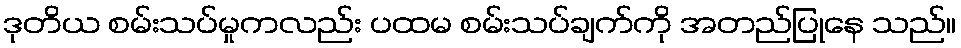
ဒုတိယ စမ်းသပ်မှုကလည်း ပထမ စမ်းသပ်ချက်ကို အတည်ပြုနေ သည်။